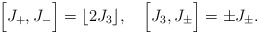
\begin{align*}\Bigl[J_+,J_-\Bigr]=\lfloor 2J_3 \rfloor, \quad\Bigl[J_3,J_\pm\Bigr]=\pm J_\pm.\end{align*}